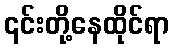
၎င်းတို့နေထိုင်ရာ